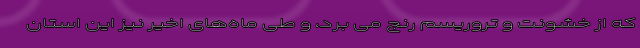
که از خشونت و تروریسم رنج می برد، و طی ماه‌های اخیر نیز این استان